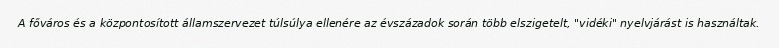
A főváros és a központosított államszervezet túlsúlya ellenére az évszázadok során több elszigetelt, "vidéki" nyelvjárást is használtak.